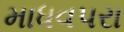
માધવપરા